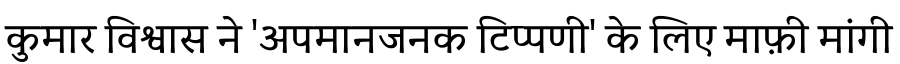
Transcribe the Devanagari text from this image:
कुमार विश्वास ने 'अपमानजनक टिप्पणी' के लिए माफ़ी मांगी